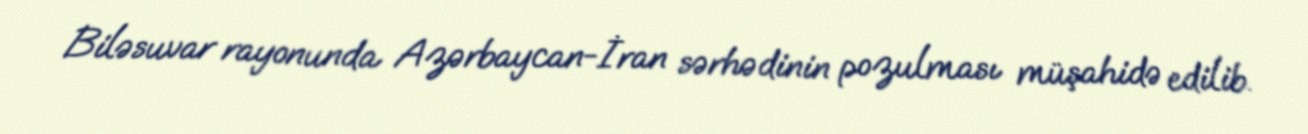
Biləsuvar rayonunda Azərbaycan-İran sərhədinin pozulması müşahidə edilib.